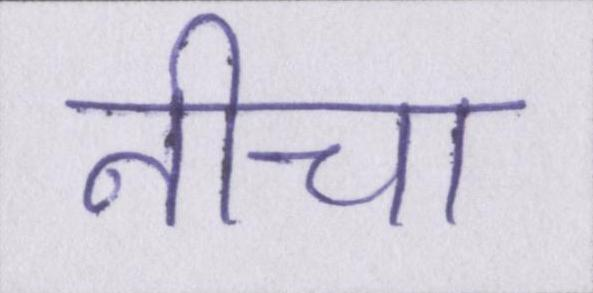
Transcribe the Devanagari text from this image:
नीचा